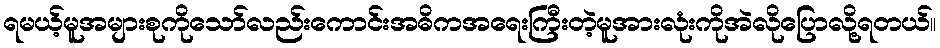
ရမယ့်မူအများစုကိုသော်လည်းကောင်းအဓိကအရေးကြီးတဲ့မူအားလုံးကိုအဲလိုပြောလို့ရတယ်။